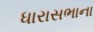
ધારાસભાના